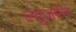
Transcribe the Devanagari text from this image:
ल्यूजरेन